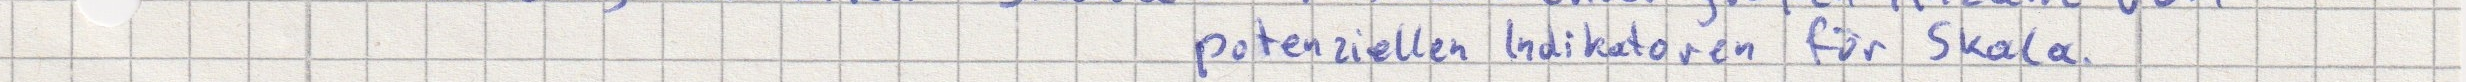
potenziellen Indikatoren für Skala.